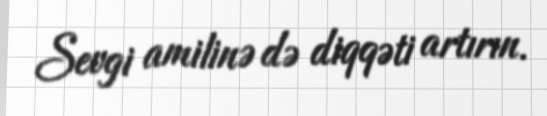
Sevgi amilinə də diqqəti artırın.